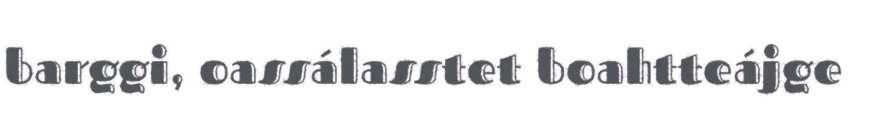
barggi, oassálasstet boahtteájge